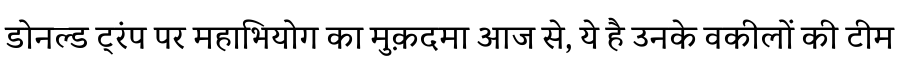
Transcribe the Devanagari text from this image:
डोनल्ड ट्रंप पर महाभियोग का मुक़दमा आज से, ये है उनके वकीलों की टीम